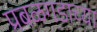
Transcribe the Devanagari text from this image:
प्रबळगडाच्या